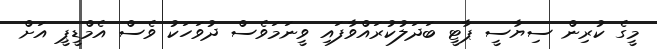
މީގެ ކުރިން ސިޔާސީ ޕާޓީ ބަދަލުކުރައްވާފައި ވީނަމަވެސް ދުވަހަކު ވެސް އެމްޑީޕީ އަށް